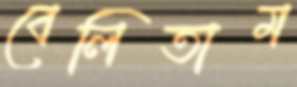
বেলিতাম